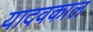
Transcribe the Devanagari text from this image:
यादवकाल